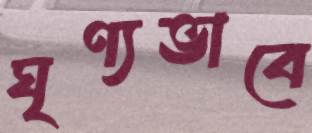
ঘৃণ্যভাবে